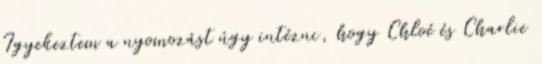
Igyekeztem a nyomozást úgy intézni, hogy Chloé és Charlie